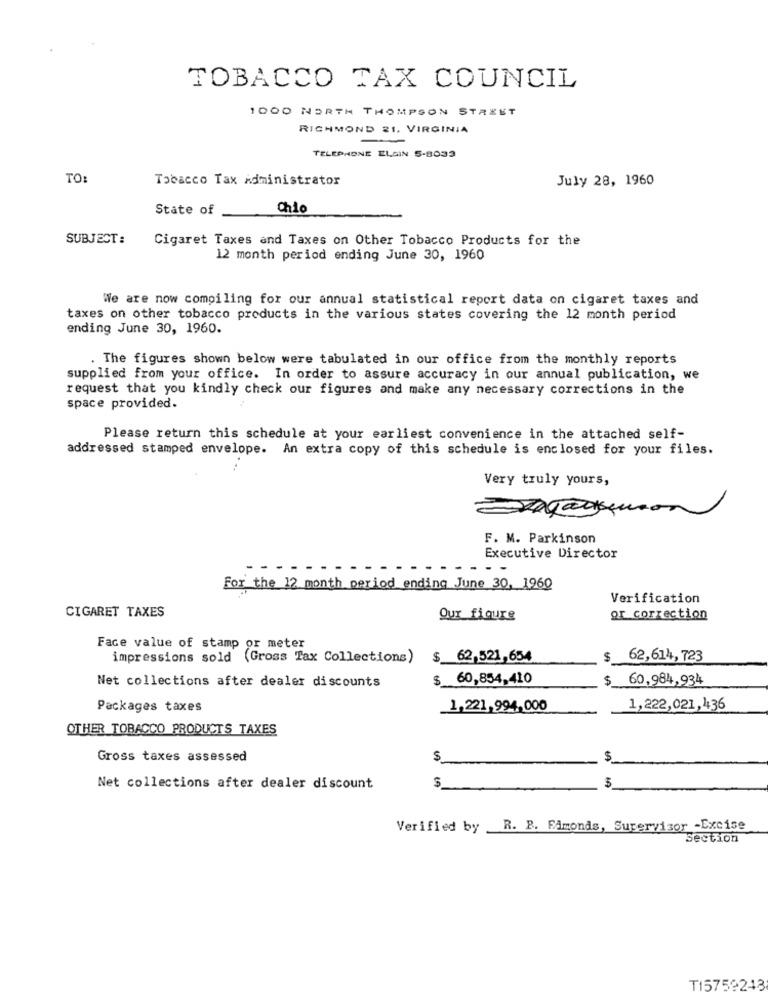
TOBACCO TAX COUNCIL
1000 NORTH THOMPSON STREET
RICHMOND 21, VIRGINIA
TELEPHONE ELGIN 5-8033
TO:
Tobacco Tax Administrator
July 28, 1960
State of
Chio
SUBJECT:
Cigaret Taxes and Taxes on Other Tobacco Products for the
12 month period ending June 30, 1960
We are now compiling for our annual statistical report data on cigaret taxes and
taxes on other tobacco products in the various states covering the 12 month period
ending June 30, 1960.
. The figures shown below were tabulated in our office from the monthly reports
supplied from your office. In order to assure accuracy in our annual publication, we
request that you kindly check our figures and make any necessary corrections in the
space provided.
Please return this schedule at your earliest convenience in the attached self-
addressed stamped envelope. An extra copy of this schedule is enclosed for your files.
Very truly yours,
F. M. Parkinson
Executive Director
For the 12 month period ending June 30, 1960
Verification
CIGARET TAXES
Our figure
or correction
Face value of stamp or meter
impressions sold (Gross Tax Collections)
$ 62,521,654
$ 62,614, 723
Net collections after dealer discounts
$ 60,854,410
$ 60,984,934
Packages taxes
1,221,994,000
1,222,021,436
OTHER TOBACCO PRODUCTS TAXES
Gross taxes assessed
$
$
Net collections after dealer discount
$
Verified by R. P. FAmonds, Supervisor -Excise
Section
T15759243